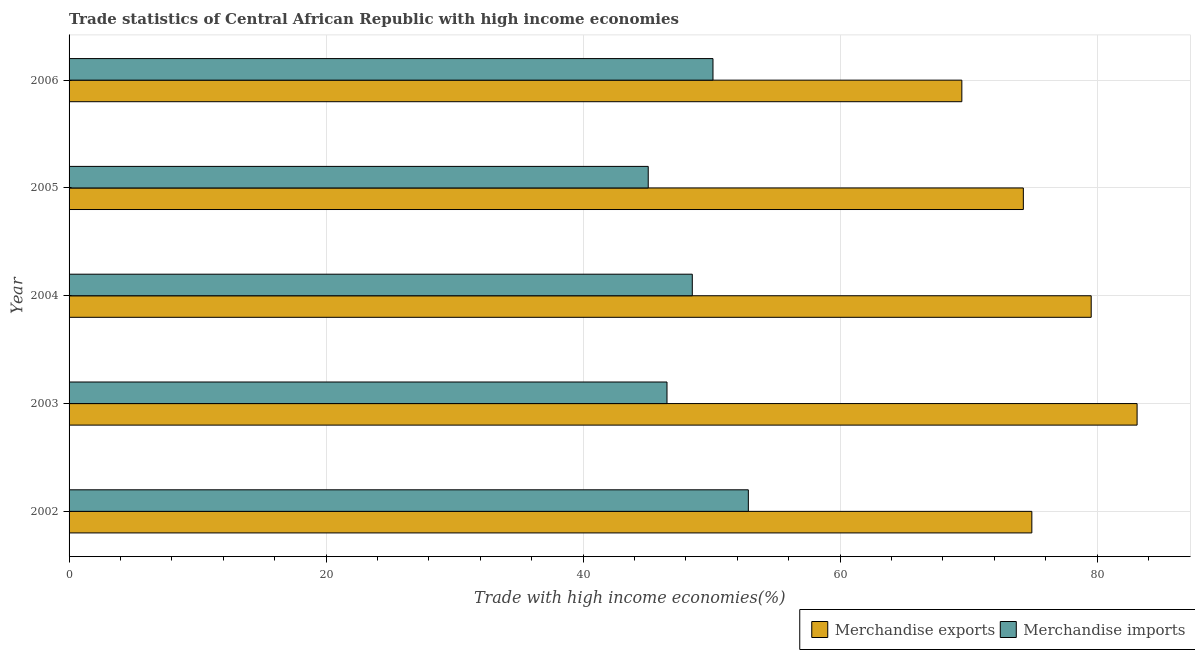
| Year | Merchandise exports | Merchandise imports |
 | --- | --- | --- |
 | 2002 | 74.9 | 52.9 |
 | 2003 | 83.1 | 46.5 |
 | 2004 | 79.5 | 48.5 |
 | 2005 | 74.3 | 45.1 |
 | 2006 | 69.5 | 50.1 |